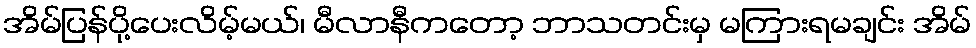
အိမ်ပြန်ပို့ပေးလိမ့်မယ်၊ မီလာနီကတော့ ဘာသတင်းမှ မကြားရမချင်း အိမ်